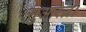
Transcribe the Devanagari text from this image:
सुआरेज़।